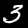
Digit: 3